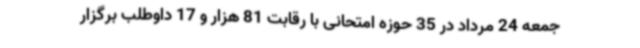
جمعه 24 مرداد در 35 حوزه امتحانی با رقابت 81 هزار و 17 داوطلب برگزار